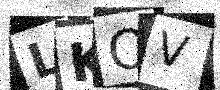
Text: LKOV